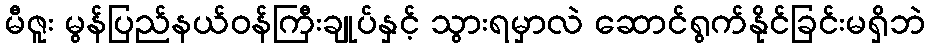
မီဇူး မွန်ပြည်နယ်ဝန်ကြီးချုပ်နှင့် သွားရမှာလဲ ဆောင်ရွက်နိုင်ခြင်းမရှိဘဲ